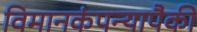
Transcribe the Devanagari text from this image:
विमानकंपन्यापैकी